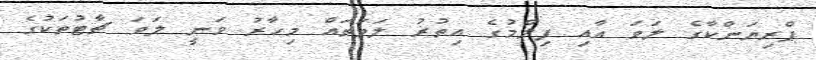
ޕްރިޔަންކާގެ ލަވަ އާއި ފިލްމުގެ އިތުރު ލަވަތައް މިހާރު ވަނީ ލަވަ ޗާޓުތަކުގެ